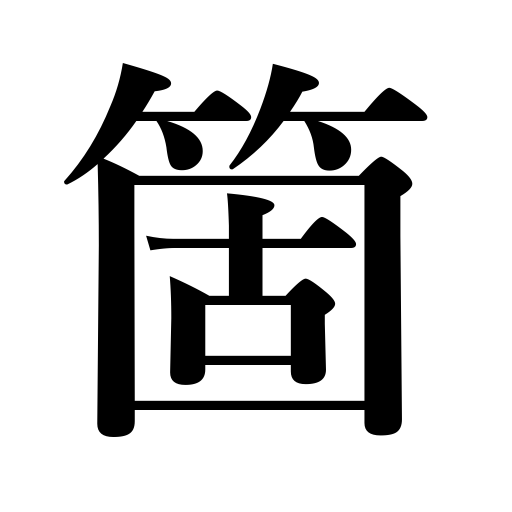
Meanings: counters for things